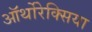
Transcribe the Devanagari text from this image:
ऑर्थोरेक्सिया